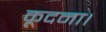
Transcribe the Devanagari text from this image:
कूदना।